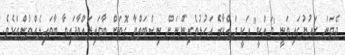
ދެވަނަ ރައުޔުގައިވަނީ "މައްކީ" އަކީ މައްކާގެ އަހުލުވެރިންނަށް ނިސްބަތްވާ ގޮތަށް ބާވައިލައްވާފައިވާ ބާވައިލެއްވުންތަކެވެ.